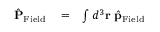
\begin{array} { r l r } { \hat { \bf P } _ { \mathrm { F i e l d } } } & { { } = } & { \int d ^ { 3 } { \bf r } \ \hat { \bf p } _ { \mathrm { F i e l d } } } \end{array}